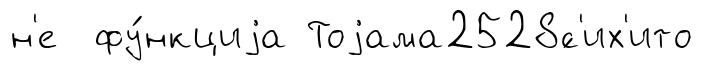
н'е фу́нкциjа Тоjама2528́с'их'ито